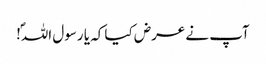
آپ نے عرض کیا کہ یا رسول اللہؐ!